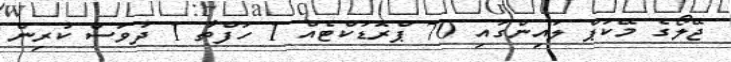
ޖޭލޯގެ މޭކަޕް ލައިންގައި 70 ޕްރޮޑަކްޓެއް 1 ހަފްތާ 1 ދުވަސް ކުރިން